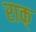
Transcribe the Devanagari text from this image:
राक्‌